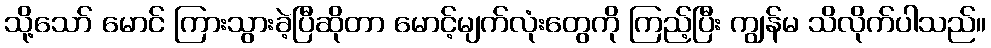
သို့သော် မောင် ကြားသွားခဲ့ပြီဆိုတာ မောင့်မျက်လုံးတွေကို ကြည့်ပြီး ကျွန်မ သိလိုက်ပါသည်။